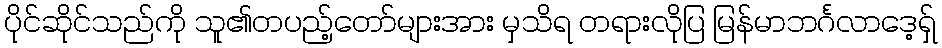
ပိုင်ဆိုင်သည်ကို သူ၏တပည့်တော်များအား မှသိရ တရားလိုပြ မြန်မာဘင်္ဂလာဒေ့ရှ်